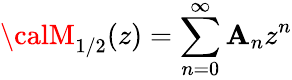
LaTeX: {\calM}_{1/2}(z)=\sum_{n=0}^{\infty}{\cal\mathbf{A}}_{n}z^{n}